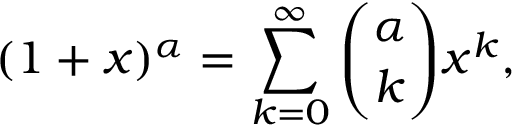
( 1 + x ) ^ { \alpha } = \sum _ { k = 0 } ^ { \infty } \binom { \alpha } { k } x ^ { k } ,